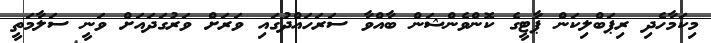
މިކަމާހެދި ރިޕަބްލިކަން ޕާޓީގެ ކޮންވެންޝަން ބާއްވާ ސަރަހައްދުގައި ވަރަށް ވަރުގަދައަށް ވަނީ ސަލާމަތީ